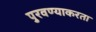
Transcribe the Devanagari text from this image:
पुरवण्याकरता